Source: Handwritten
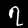
Digit: ၇ (7)